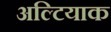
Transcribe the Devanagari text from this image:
अल्टियाक